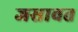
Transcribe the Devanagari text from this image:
जसावत